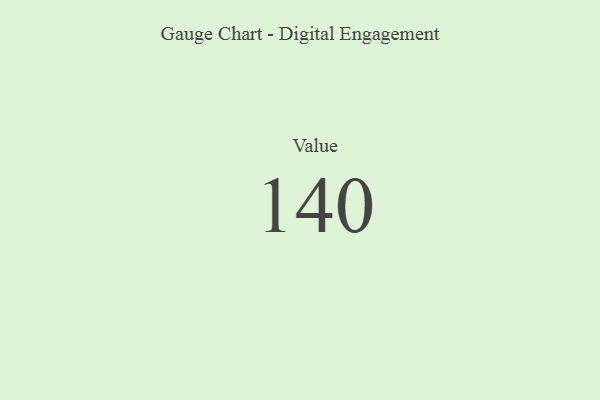
{"axis": {"x": "Metric", "y": "Value"}, "legend": [""], "data": [{"x": "Value", "y": 140, "type": ""}]}